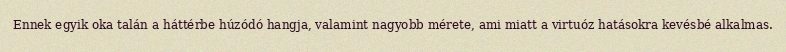
Ennek egyik oka talán a háttérbe húzódó hangja, valamint nagyobb mérete, ami miatt a virtuóz hatásokra kevésbé alkalmas.